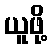
ယူဖို့